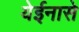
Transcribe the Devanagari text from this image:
येईनासे